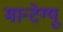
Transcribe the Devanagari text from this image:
मान्टेग्यू